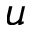
u